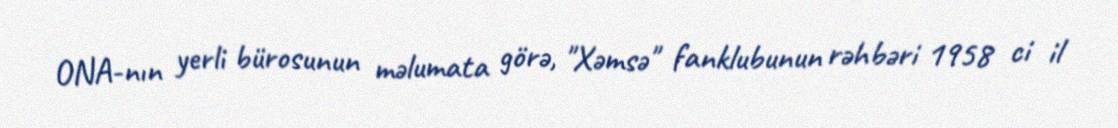
ONA-nın yerli bürosunun məlumata görə, "Xəmsə" fanklubunun rəhbəri 1958 ci il